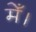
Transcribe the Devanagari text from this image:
मेँ।